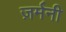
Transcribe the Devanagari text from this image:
ज़र्मनी